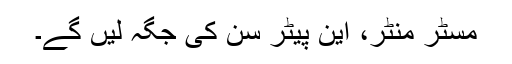
مسٹر منٹر، این پیٹر سن کی جگہ لیں گے۔